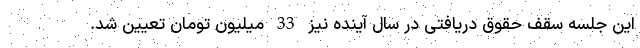
این جلسه سقف حقوق دریافتی در سال آینده نیز 33 میلیون تومان تعیین شد.